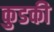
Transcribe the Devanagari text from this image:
कुडकी